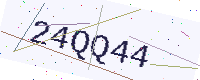
Text: 24QQ44